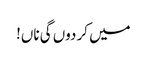
میں کر دوں گی ناں!